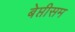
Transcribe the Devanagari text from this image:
बेप्तीसम